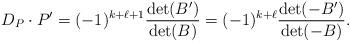
LaTeX: \begin{align*} D_P \cdot P' = (-1)^{k+\ell+1} \frac{\det (B')}{\det(B)} = (-1)^{k+\ell} \frac{\det (-B')}{\det(-B)}. \end{align*}